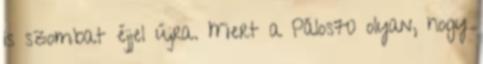
is szombat éjjel újra. Mert a Pálos70 olyan, hogy